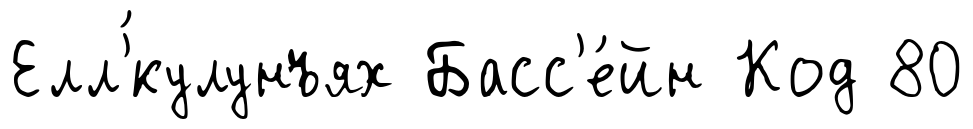
Елл'́кулунъях Басс'е́йн Код 80